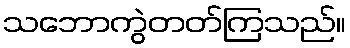
သဘောကွဲတတ်ကြသည်။